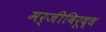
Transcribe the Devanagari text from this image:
मर्जीविरूद्ध